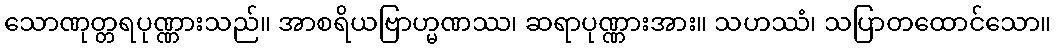
သောဏုတ္တရပုဏ္ဏားသည်။ အာစရိယဗြာဟ္မဏဿ၊ ဆရာပုဏ္ဏားအား။ သဟဿံ၊ သပြာတထောင်သော။